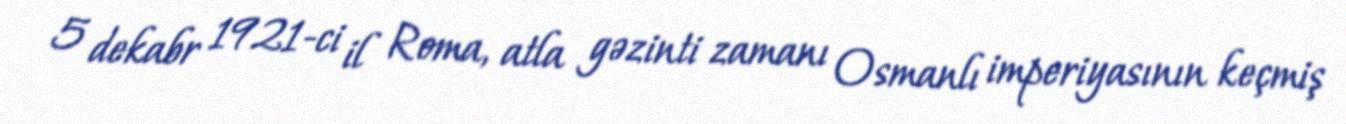
5 dekabr 1921-ci il Roma, atla gəzinti zamanı Osmanlı imperiyasının keçmiş